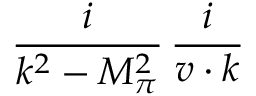
\frac { i } { { k ^ { 2 } } - { M _ { \pi } ^ { 2 } } } \, \frac { i } { v \cdot k }